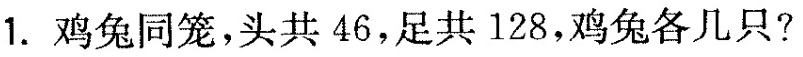
1.鸡兔同笼，头共46，足共128，鸡兔各几只?